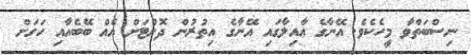
ނިސްބަތްވާ މީހެކެވެ. އޭނާގެ ޢާއިލާގައި އޭނާގެ އިތުރުން ދޮށްޓަށް އެއް ބޭބެއާއި ހަގަށް